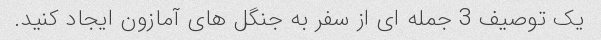
یک توصیف 3 جمله ای از سفر به جنگل های آمازون ایجاد کنید.